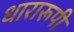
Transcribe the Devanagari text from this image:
धारारूपी